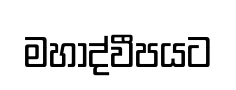
මහාද්වීපයට